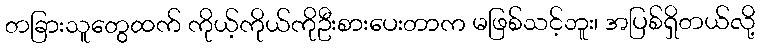
တခြားသူတွေထက် ကိုယ့်ကိုယ်ကိုဦးစားပေးတာက မဖြစ်သင့်ဘူး၊ အပြစ်ရှိတယ်လို့